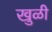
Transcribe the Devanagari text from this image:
खुळी